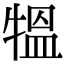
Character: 𤛁